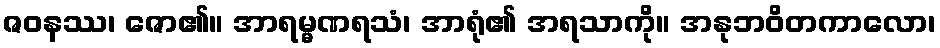
ဇဝနဿ၊ ဇော၏။ အာရမ္မဏရသံ၊ အာရုံ၏ အရသာကို။ အနုဘဝိတကာလော၊